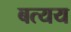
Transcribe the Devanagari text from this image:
बत्यय